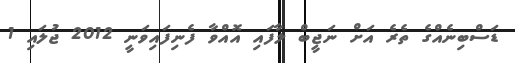
ޑަސްބިނެއްގެ ތެރެ އަށް ނަޖީބް ލާފައި އޮއްވާ ފެނިފައިވަނީ 2012 ޖުލައި 1